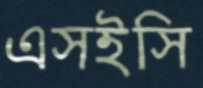
এসইসি